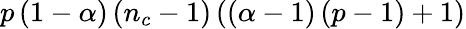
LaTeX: p\left(1-\alpha\right)\left(n_{c}-1\right)\left(\left(\alpha-1\right)\left(p-1\right)+1\right)